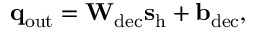
\mathbf { q } _ { \mathrm { o u t } } = \mathbf { W } _ { \mathrm { d e c } } \mathbf { s } _ { \mathrm { h } } + \mathbf { b } _ { \mathrm { d e c } } ,